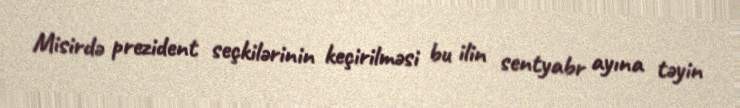
Misirdə prezident seçkilərinin keçirilməsi bu ilin sentyabr ayına təyin